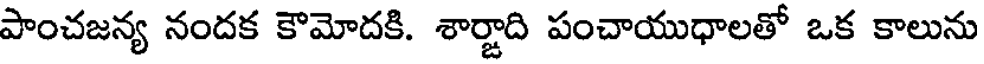
పాంచజన్య నందక కౌమోదకి. శార్జాది పంచాయుధాలతో ఒక కాలును